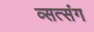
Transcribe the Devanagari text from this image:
व्सत्संग